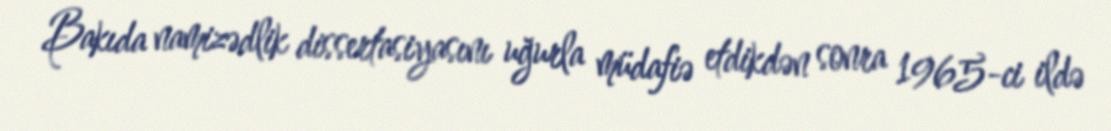
Bakıda namizədlik dissertasiyasını uğurla müdafiə etdikdən sonra 1965-ci ildə